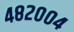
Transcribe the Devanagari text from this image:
४८२००४